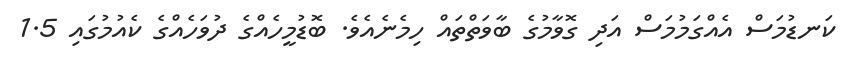
ކަނޑުމަސް އެއްގަމުމަސް އަދި ގޮވާމުގެ ބާވަތްތައް ހިމެނެއެވެ. ބޮޑުމީހެއްގެ ދުވަހެއްގެ ކެއުމުގައި 1.5